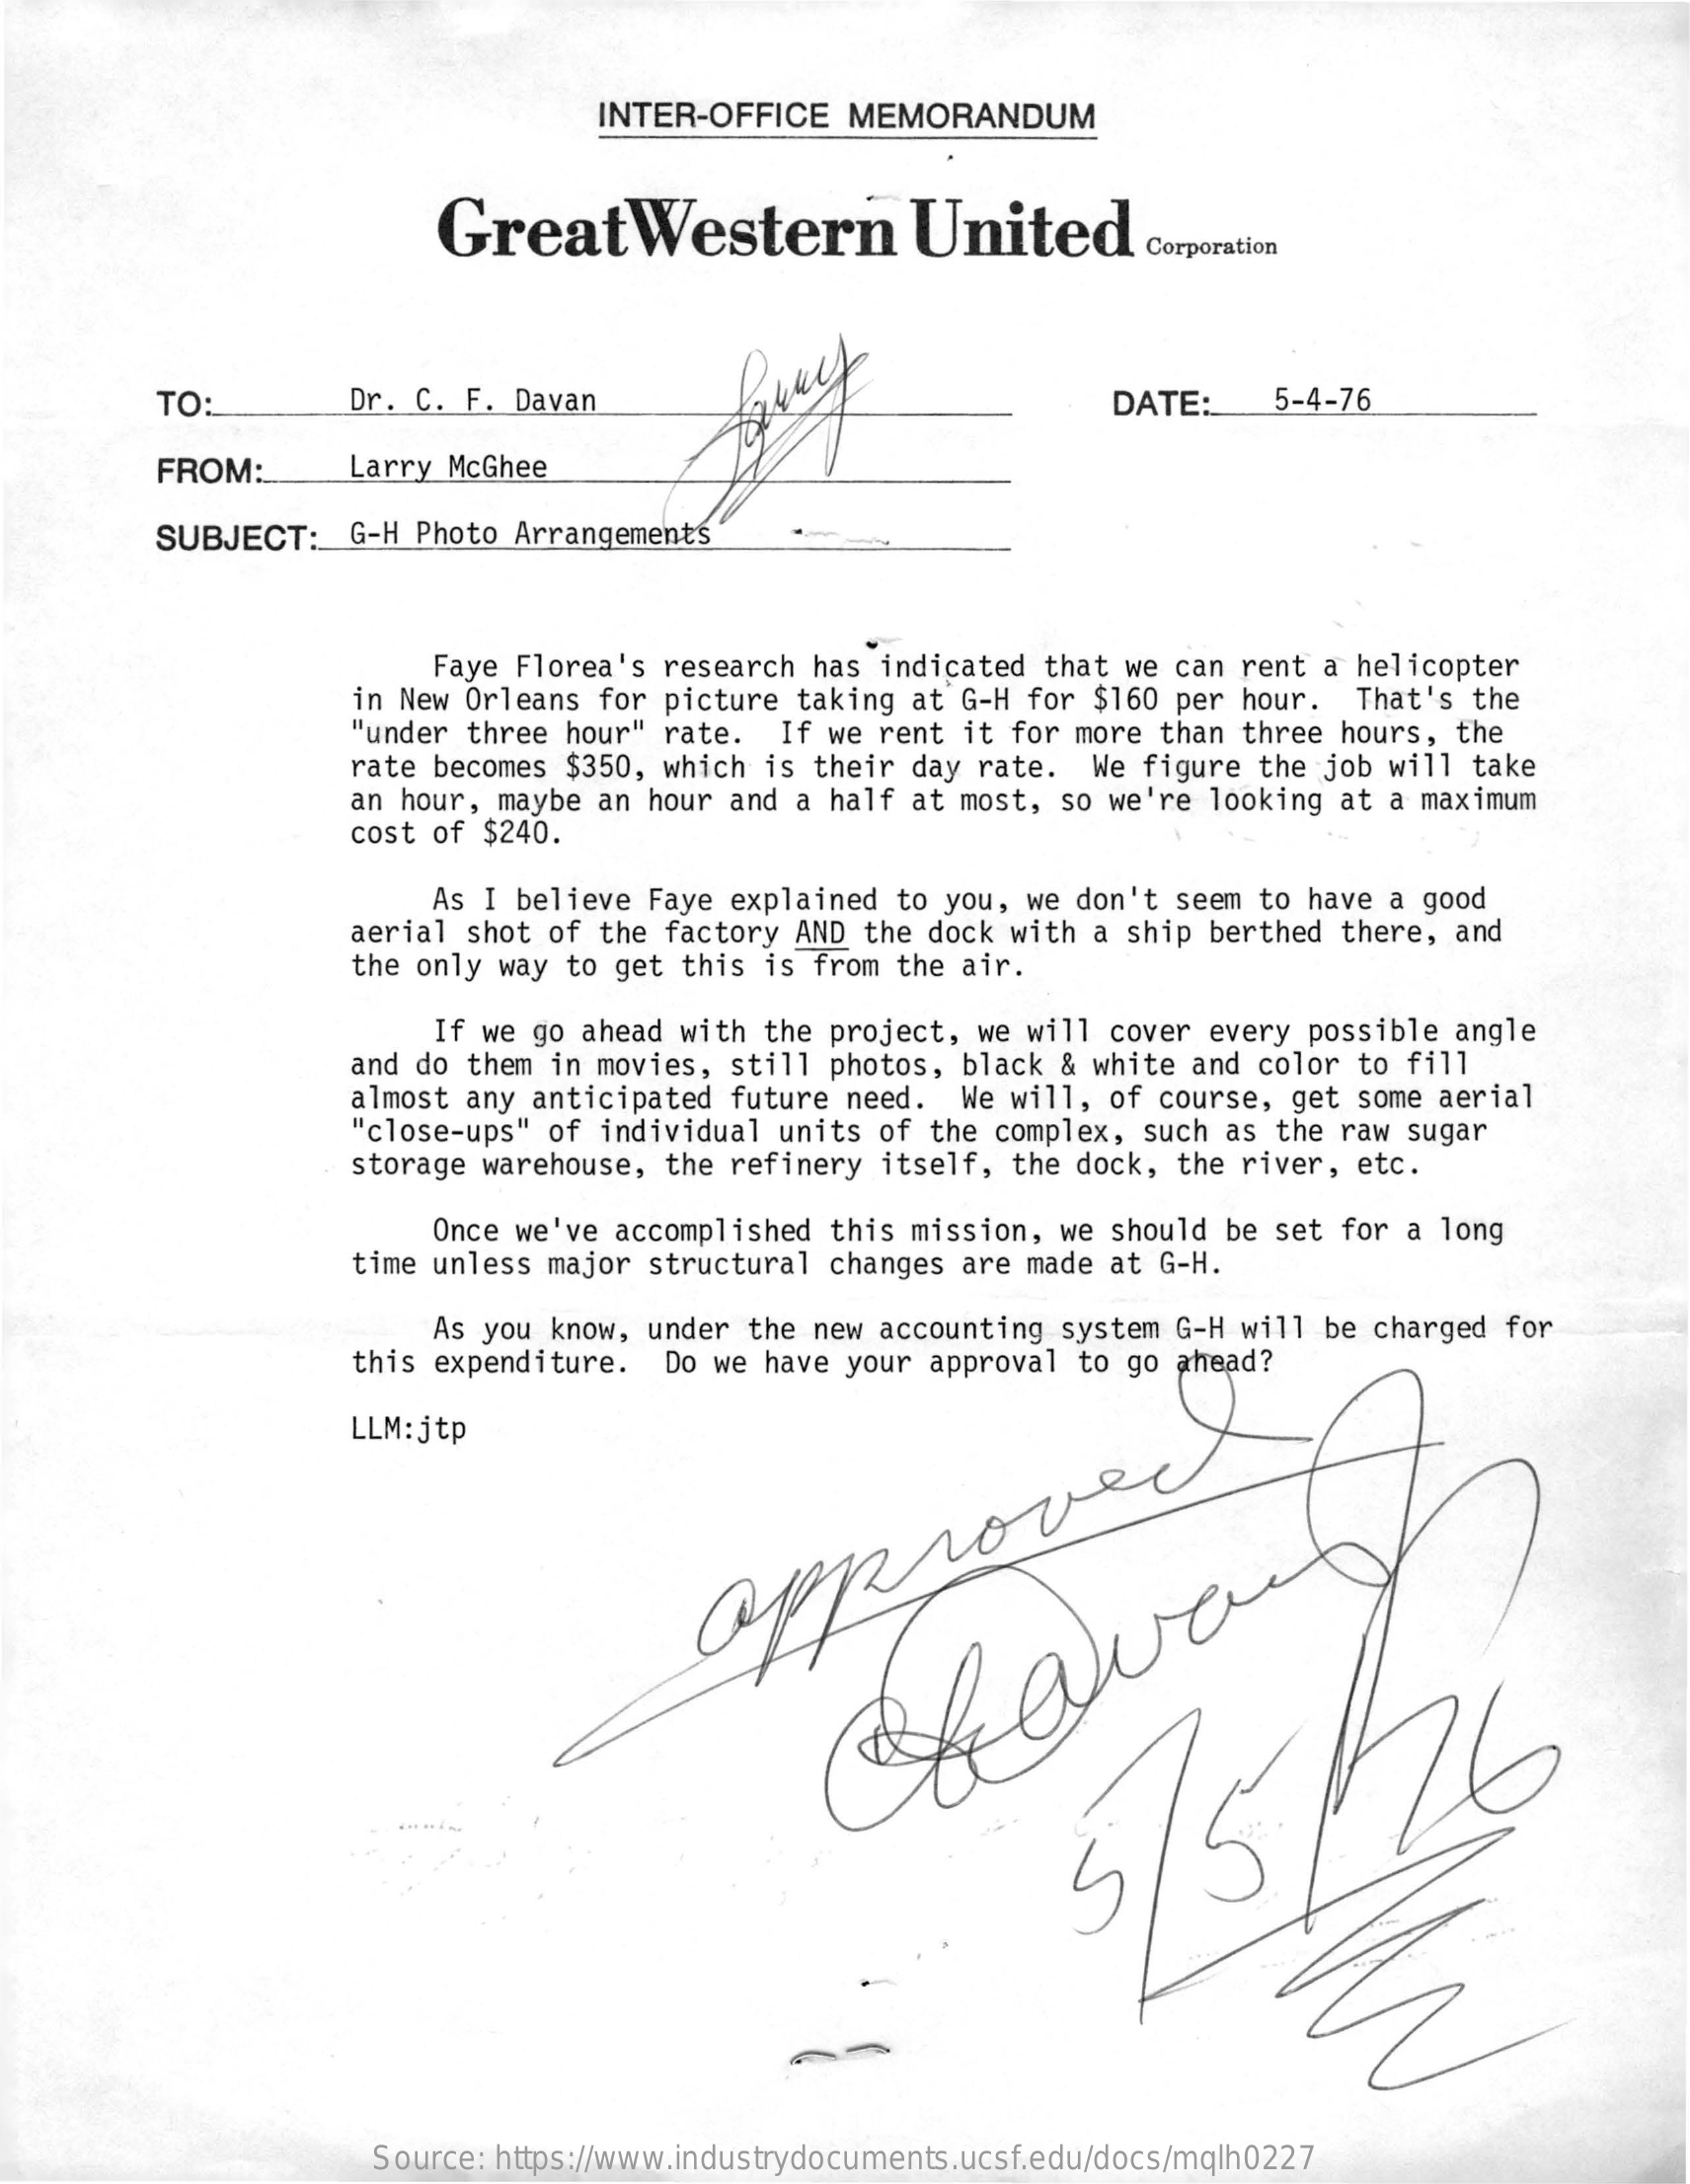
INTER-OFFICE MEMORANDUM
     GreatWestern    United    Corporation
     TO:    Dr. C. F. Davan    DATE:   5-4-76
     FROM:    Larry McGhee
     SUBJECT:  G-H Photo Arrangements
     Faye Florea's research has indicated that we can rent a helicopter
     in New Orleans for picture taking at G-H for $160 per hour. That's the
     "under three hour" rate. If we rent it for more than three hours, the
     rate becomes $350, which is their day rate. We figure the job will take
     cost of $240.
     an hour, maybe an hour and a half at most, so we're looking at a maximum
     As I believe Faye explained to you, we don't seem to have a good
     aerial shot of the factory AND the dock with a ship berthed there, and
     the only way to get this is from the air.
     If we go ahead with the project, we will cover every possible angle
     and do them in movies, still photos, black & white and color to fill
     almost any anticipated future need. We will, of course, get some aerial
     "close-ups" of individual units of the complex, such as the raw sugar
     storage warehouse, the refinery itself, the dock, the river, etc.
     Once we've accomplished this mission, we should be set for a long
     time unless major structural changes are made at G-H.
     As you know, under the new accounting system G-H will be charged for
     this expenditure. Do we have your approval to go ahead?
     LLM: jtp
     approved
     5/5/46
     Source: https://www.industrydocuments.ucsf.edu/docs/mqlh0227